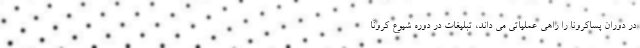
در دوران پساکرونا را راهی عملیاتی می داند، تبلیغات در دوره شیوع کرونا